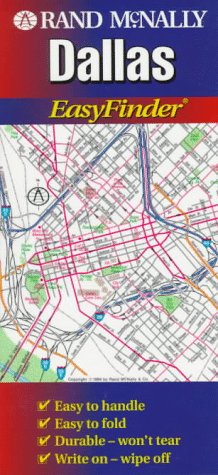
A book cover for Dallas (EasyFinder); Travel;